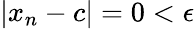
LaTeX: |x_{n}-c|=0<\epsilon